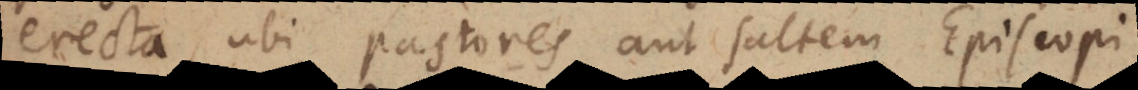
erecta, ubi pastores aut saltem Episcopi